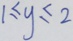
1 \leq y \leq 2